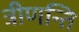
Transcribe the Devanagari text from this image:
त्रीणन्ति